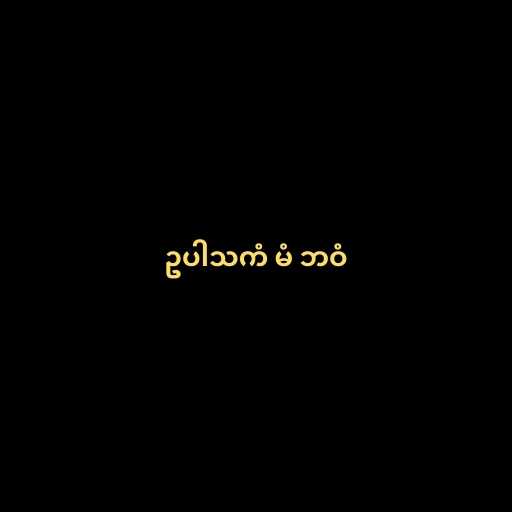
ဥပါသကံ မံ ဘဝံ